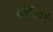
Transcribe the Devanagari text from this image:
बौदौआर्ड